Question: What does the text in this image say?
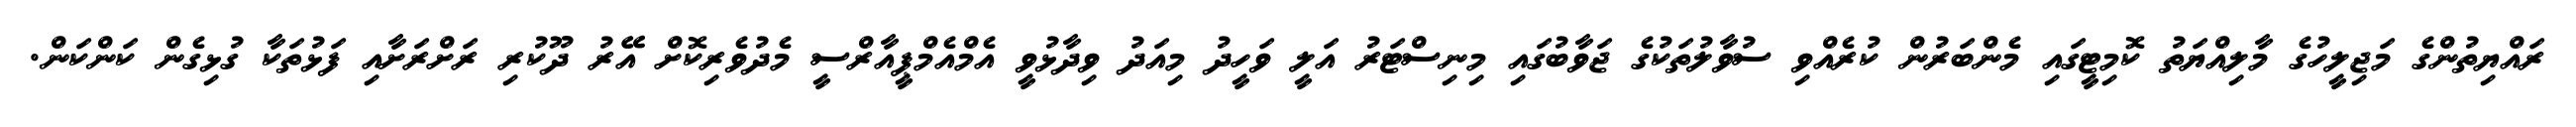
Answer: ރައްޔިތުންގެ މަޖިލީހުގެ މާލިއްޔަތު ކޮމިޓީގައި މެންބަރުން ކުރެއްވި ސުވާލުތަކުގެ ޖަވާބުގައި މިނިސްޓަރު އަލީ ވަހީދު މިއަދު ވިދާޅުވީ އެމްއެމްޕީއާރްސީ މެދުވެރިކޮށް އޭރު ދޫކުރި ރަށްރަށާއި ފަޅުތަކާ ގުޅިގެން ކަންކަން.